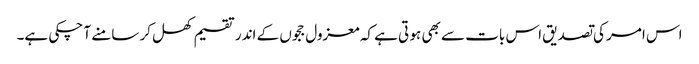
اس امر کی تصدیق اس بات سے بھی ہو تی ہے کہ معزول ججوں کے اندر تقسیم کھل کر سامنے آ چکی ہے۔